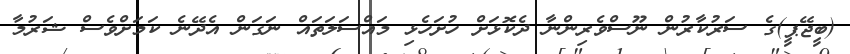
(ބީޖޭޕީ)ގެ ސަރުކާރުން ނޫސްވެރިންނާ ދެކޮޅަށް ހުށަހެޅި މައްސަލަތަައް ނަގަން އެދޭނެ ކަމަށްވެސް ޝަރުމާ